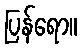
ပြန်ရော။